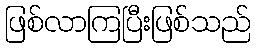
ဖြစ်လာကြပြီးဖြစ်သည်